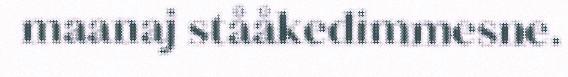
maanaj stååkedimmesne.